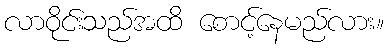
လာဝိုင်းသည်အထိ စောင့်နေမည်လား။